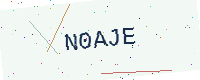
Text: N0AJE